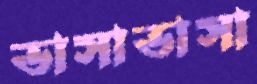
ভাসাভাসা